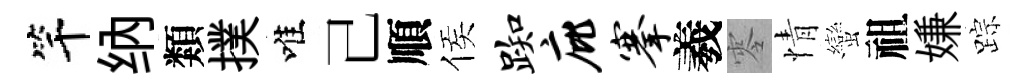
竿纳類撲唯己順侯踟庇搴羲零情蠻祖嫌踪